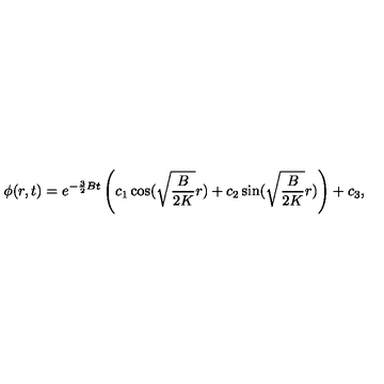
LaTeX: \phi ( r , t ) = e ^ { - \frac { 3 } { 2 } B t } \left( c _ { 1 } \cos ( \sqrt { \frac { B } { 2 K } } r ) + c _ { 2 } \sin ( \sqrt { \frac { B } { 2 K } } r ) \right) + c _ { 3 } ,